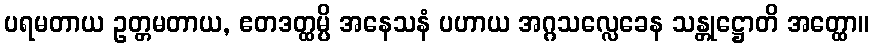
ပရမတာယ ဥတ္တမတာယ, ဧတဒတ္ထမ္ပိ အနေသနံ ပဟာယ အဂ္ဂသလ္လေခေန သန္တုဋ္ဌောတိ အတ္ထော။